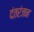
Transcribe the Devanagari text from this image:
दंतरंजन